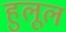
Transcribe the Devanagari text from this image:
हुलूल